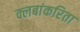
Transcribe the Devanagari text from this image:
क्लबांकरिता